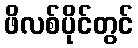
ဖိလစ်ပိုင်တွင်